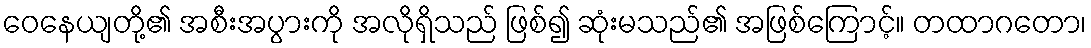
ဝေနေယျတို့၏ အစီးအပွားကို အလိုရှိသည် ဖြစ်၍ ဆုံးမသည်၏ အဖြစ်ကြောင့်။ တထာဂတော၊